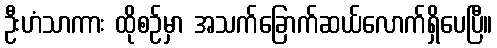
ဦးဟံသာကား ထိုစဉ်မှာ အသက်ခြောက်ဆယ်လောက်ရှိပေပြီ။